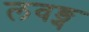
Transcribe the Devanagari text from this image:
लवङ्ग